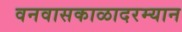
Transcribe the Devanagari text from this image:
वनवासकाळादरम्यान